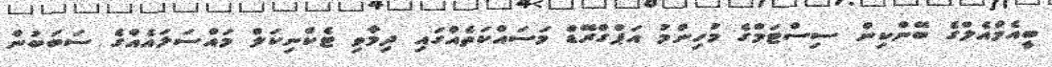
ބީއެމްއެލްގެ ބޭންކިން ސިސްޓަމްގެ މުހިންމު އަޕްގްރޭޑް މަސައްކަތެއްގައި ދިމާވި ޓެކްނިކަލް މައްސަލައެއްގެ ސަބަބުން